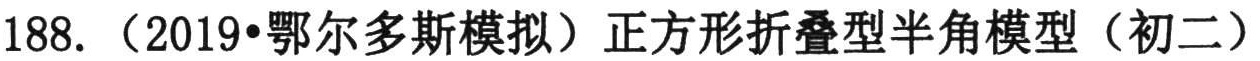
188. （2019•鄂尔多斯模拟）正方形折叠型半角模型（初二）